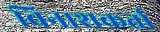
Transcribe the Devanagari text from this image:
विनाशकर्ता